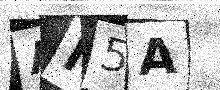
Text: AN5A